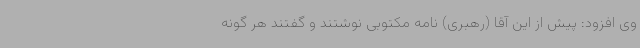
وی افزود: پیش از این آقا (رهبری) نامه مکتوبی نوشتند و گفتند هر گونه